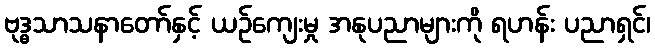
ဗုဒ္ဓသာသနာတော်နှင့် ယဉ်ကျေးမှု အနုပညာများကို ရဟန်း ပညာရှင်၊